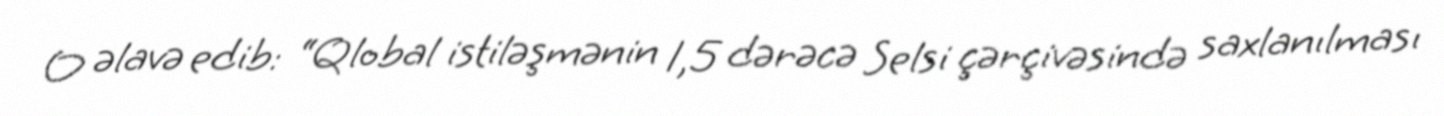
O əlavə edib: “Qlobal istiləşmənin 1,5 dərəcə Selsi çərçivəsində saxlanılması